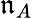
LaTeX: \mathfrak{n}_{A}